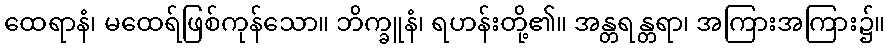
ထေရာနံ၊ မထေရ်ဖြစ်ကုန်သော။ ဘိက္ခူနံ၊ ရဟန်းတို့၏။ အန္တရန္တရာ၊ အကြားအကြား၌။